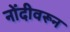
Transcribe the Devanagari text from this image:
नोंदीवरून